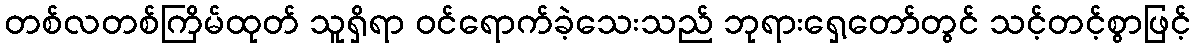
တစ်လတစ်ကြိမ်ထုတ် သူရှိရာ ဝင်ရောက်ခဲ့သေးသည် ဘုရားရှေ့တော်တွင် သင့်တင့်စွာဖြင့်